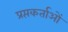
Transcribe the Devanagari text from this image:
प्रप्तकर्ताओं